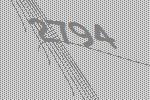
2794